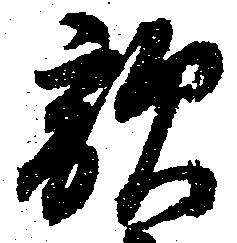
敵